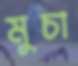
মুচা